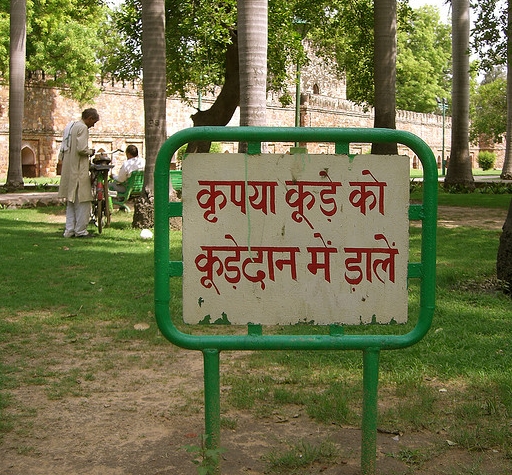
Language: hindi
Transcription: कृपया कूडेदान को में डालें